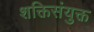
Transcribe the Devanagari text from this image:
शक्तिसंयुक्त